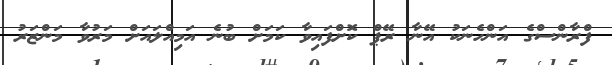
ފްރާންސްގެ އަންހެނަކު އޭނާ ރޭޕް ކޮށްފައިވާ ކަމަށް ބުނެ އަމިއްލައަށް މަރުވާ މަންޒަރު